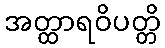
အတ္ထာရဝိပတ္တိ